Tartu_pedagoogiumi_aruanded, lk 11
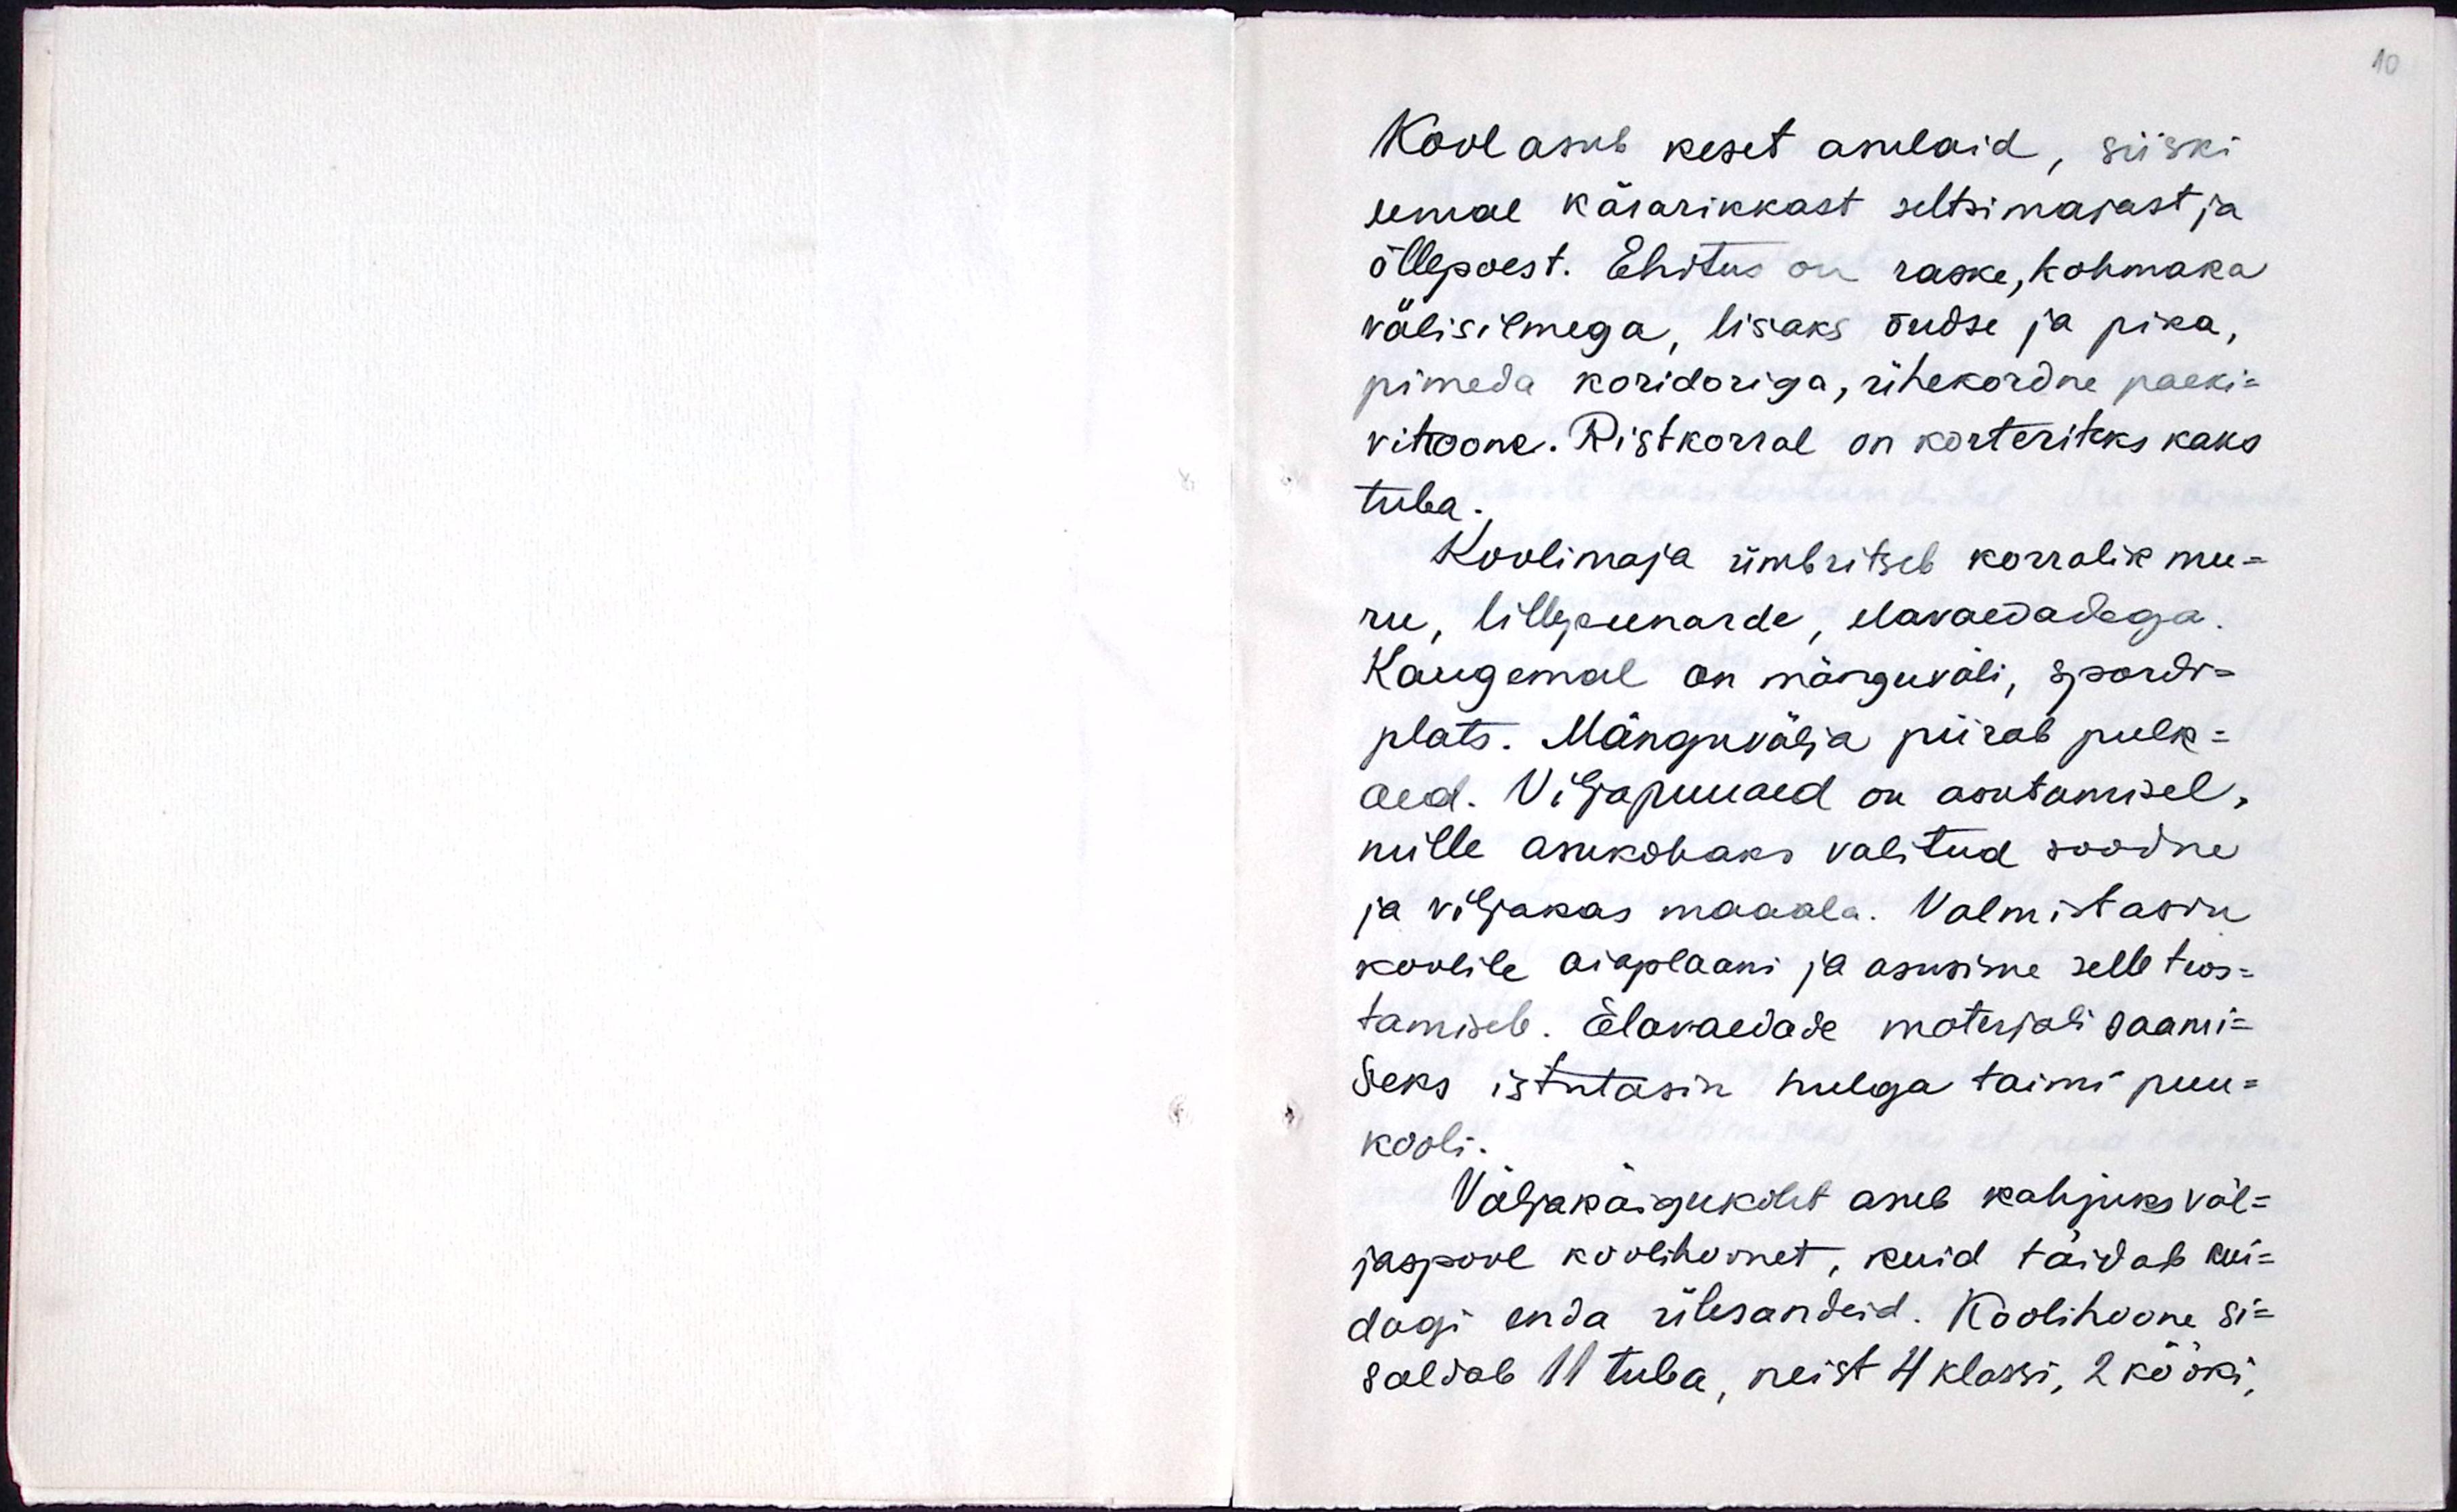
Kool asub keset asulaid, siiski
eemal kärarikkast seltsimajast ja
õllepoest. Ehitus on raske, kohmaka
välisilmega, lisaks õudsa ja pika
pimeda koridoriga, ühekordne paeki-
vihoone. Ristkorral on korteriteks kaks
tuba.
Koolimaja ümbritseb korralik mu-
ru, lillepeenarde, elavaedadega.
Kaugemal on mänguväli, spordi-
plats. Mänguvälja piirab pulk-
aed. Viljapuuaed on asutamisel,
mille asukohaks valitud soodne
ja viljakas maaala. Valmistasin
koolile aiaplaani ja asusime selle teos-
tamisele. Elavaedade materjali saami-
seks istutasin hulga taimi puu-
kooli.
Väljakäigukoht asub kahjuks väl-
jaspool koolihoonet, kuid täidab kui-
dagi enda ülesandeid. Koolihoone si-
saldab 11 tuba, neist 4 klassi, 2 kööki,